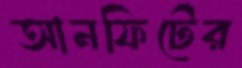
আনফিটের